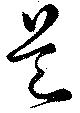
是